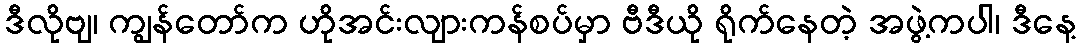
ဒီလိုဗျ၊ ကျွန်တော်က ဟိုအင်းလျားကန်စပ်မှာ ဗီဒီယို ရိုက်နေတဲ့ အဖွဲ့ကပါ၊ ဒီနေ့